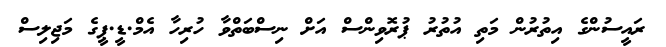
ރައީސުންގެ އިތުރުން މަތި އުތުރު ޕުރޮވިންސް އަށް ނިސްބަތްވާ ހުރިހާ އެމް.ޑީ.ޕީގެ މަޖިލިސް